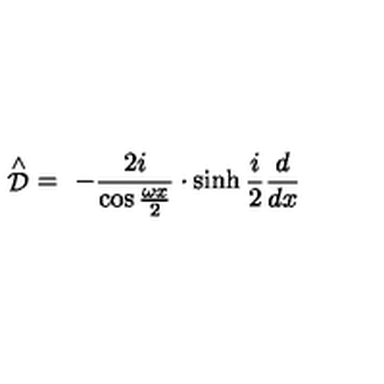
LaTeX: \stackrel { \wedge } { \cal D } \ = \ - \frac { 2 i } { \cos \frac { \omega x } 2 } \cdot \sinh { } \frac i 2 \frac d { d x }